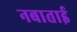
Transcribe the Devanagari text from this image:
नबाताई